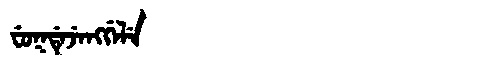
Manchu: ᠸᡠᡴᡩᡝᠵᡝᠩᡤᡝᠯᡝ
Romanization: FUKDEJENGGELE